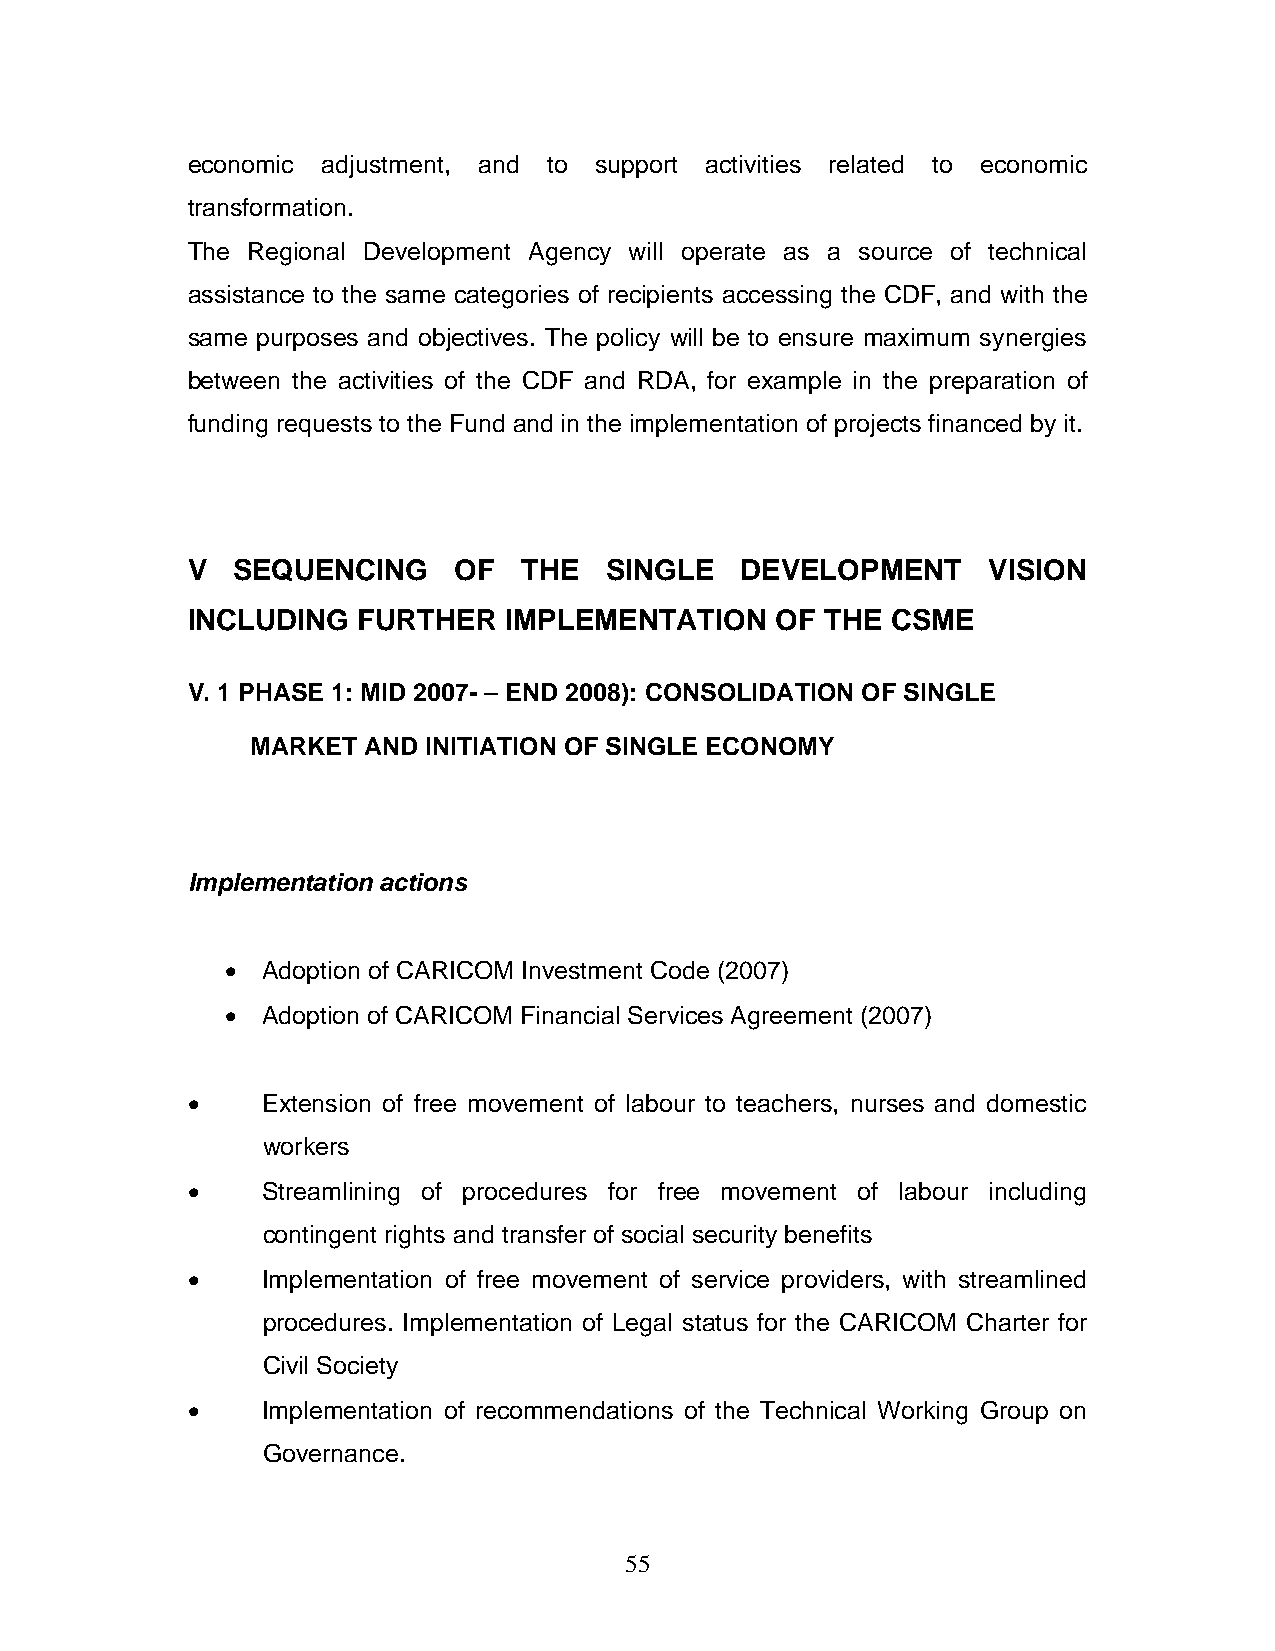
economic adjustment, and to support activities related to economic
 transformation.
 The Regional Development Agency will operate as a source of technical
 assistance to the same categories of recipients accessing the CDF, and with the
 same purposes and objectives. The policy will be to ensure maximum synergies
 between the activities of the CDF and RDA, for example in the preparation of
 funding requests to the Fund and in the implementation of projects financed by it.
 V  SEQUENCING     OF   THE  SINGLE   DEVELOPMENT     VISION
 INCLUDING   FURTHER  IMPLEMENTATION    OF  THE CSME
 V. 1 PHASE 1: MID 2007- – END 2008): CONSOLIDATION OF SINGLE
 MARKET AND INITIATION OF SINGLE ECONOMY
 Implementation actions
 • Adoption of CARICOM Investment Code (2007)
 • Adoption of CARICOM Financial Services Agreement (2007)
 •    Extension of free movement of labour to teachers, nurses and domestic
 workers
 •    Streamlining of procedures for free movement of labour including
 contingent rights and transfer of social security benefits
 •    Implementation of free movement of service providers, with streamlined
 procedures. Implementation of Legal status for the CARICOM Charter for
 Civil Society
 •    Implementation of recommendations of the Technical Working Group on
 Governance.
 55